Civil Veterinary Dept. North-West Frontier Province 1901-22 - 1901-1922
Year: 1901
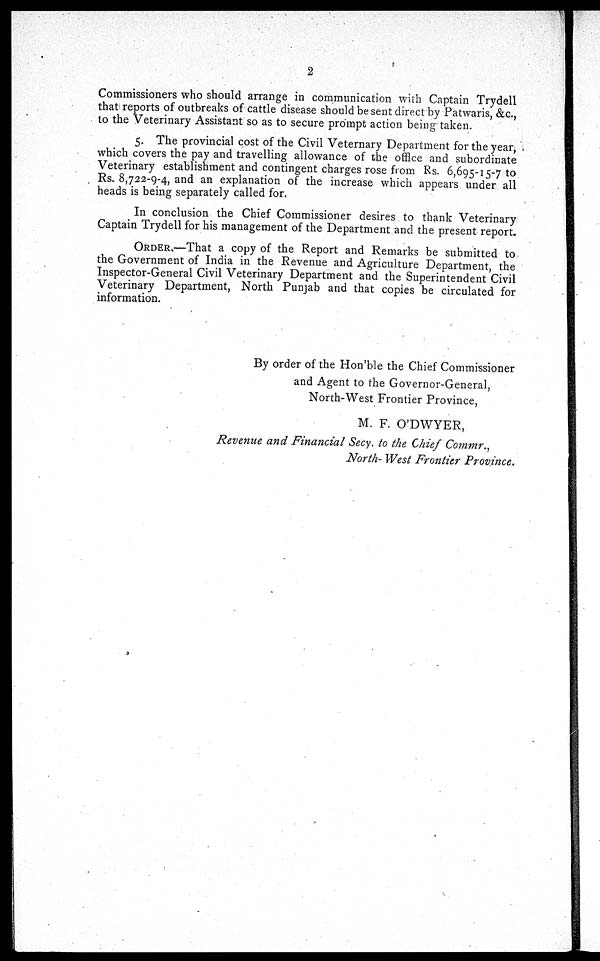
2
Commissioners who should arrange in communication with Captain Trydell
that reports of outbreaks of cattle disease should be sent direct by Patwaris, &c.,
to the Veterinary Assistant so as to secure prompt action being taken.
5. The provincial cost of the Civil Veternary Department for the year,
which covers the pay and travelling allowance of the office and subordinate
Veterinary establishment and contingent charges rose from Rs. 6,695-15-7 to
Rs. 8,722-9-4, and an explanation of the increase which appears under all
heads is being separately called for.
In conclusion the Chief Commissioner desires to thank Veterinary
Captain Trydell for his management of the Department and the present report.
ORDER.—That a copy of the Report and Remarks be submitted to
the Government of India in the Revenue and Agriculture Department, the
Inspector-General Civil Veterinary Department and the Superintendent Civil
Veterinary Department, North Punjab and that copies be circulated for
information.
By order of the Hon'ble the Chief Commissioner
and Agent to the Governor-General,
North-West Frontier Province,
M. F. O'DWYER,
Revenue and Financial Secy. to the Chief Commr.,
North- West Frontier Province.